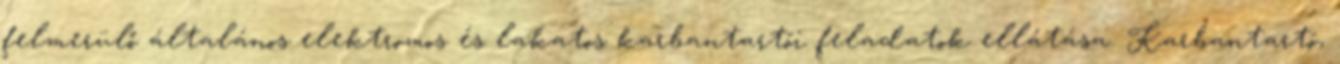
felmerülő általános elektromos és lakatos karbantartói feladatok ellátása. Karbantartó,